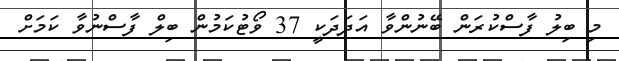
މި ބިލު ފާސްކުރަން ބޭނުންވާ އަދަދަކީ 37 ވޯޓުކަމުން ބިލް ފާސްނުވާ ކަމަށް